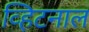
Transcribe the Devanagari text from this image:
व्हिटनाल